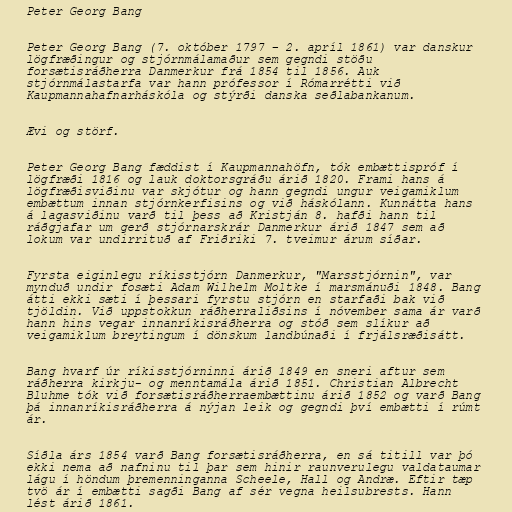
Peter Georg Bang

Peter Georg Bang (7. október 1797 – 2. apríl 1861) var danskur
lögfræðingur og stjórnmálamaður sem gegndi stöðu
forsætisráðherra Danmerkur frá 1854 til 1856. Auk
stjórnmálastarfa var hann prófessor í Rómarrétti við
Kaupmannahafnarháskóla og stýrði danska seðlabankanum.

Ævi og störf.

Peter Georg Bang fæddist í Kaupmannahöfn, tók embættispróf í
lögfræði 1816 og lauk doktorsgráðu árið 1820. Frami hans á
lögfræðisviðinu var skjótur og hann gegndi ungur veigamiklum
embættum innan stjórnkerfisins og við háskólann. Kunnátta hans
á lagasviðinu varð til þess að Kristján 8. hafði hann til
ráðgjafar um gerð stjórnarskrár Danmerkur árið 1847 sem að
lokum var undirrituð af Friðriki 7. tveimur árum síðar.

Fyrsta eiginlegu ríkisstjórn Danmerkur, "Marsstjórnin", var
mynduð undir fosæti Adam Wilhelm Moltke í marsmánuði 1848. Bang
átti ekki sæti í þessari fyrstu stjórn en starfaði bak við
tjöldin. Við uppstokkun ráðherraliðsins í nóvember sama ár varð
hann hins vegar innanríkisráðherra og stóð sem slíkur að
veigamiklum breytingum í dönskum landbúnaði í frjálsræðisátt.

Bang hvarf úr ríkisstjórninni árið 1849 en sneri aftur sem
ráðherra kirkju- og menntamála árið 1851. Christian Albrecht
Bluhme tók við forsætisráðherraembættinu árið 1852 og varð Bang
þá innanríkisráðherra á nýjan leik og gegndi því embætti í rúmt
ár.

Síðla árs 1854 varð Bang forsætisráðherra, en sá titill var þó
ekki nema að nafninu til þar sem hinir raunverulegu valdataumar
lágu í höndum þremenninganna Scheele, Hall og Andræ. Eftir tæp
tvö ár í embætti sagði Bang af sér vegna heilsubrests. Hann
lést árið 1861.